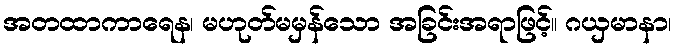
အတထာကာရေန၊ မဟုတ်မမှန်သော အခြင်းအရာဖြင့်။ ဂယှမာနာ၊